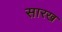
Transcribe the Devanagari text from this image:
सारख